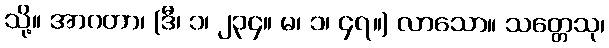
သို့။ အာဂတာ၊ (ဒီ၊ ၁၊ ၂၃၄။ မ၊ ၁၊ ၄၇။) လာသော။ သတ္တေသု၊